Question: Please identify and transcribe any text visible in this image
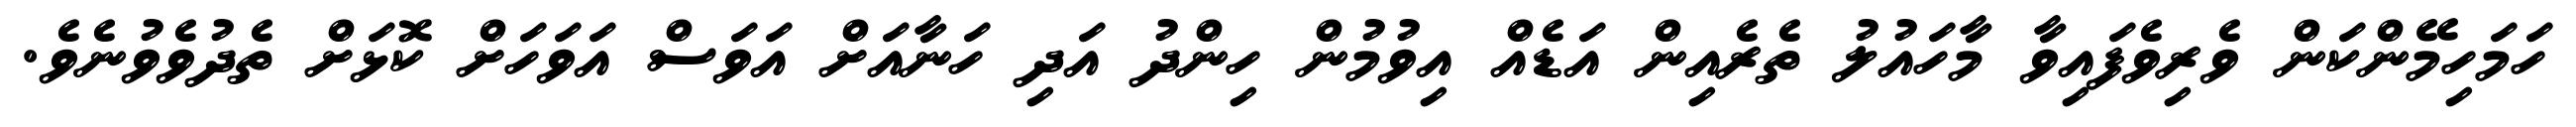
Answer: ހަމަހިމޭންކަން ވެރިވެފައިވާ މާހައުލު ތެރެއިން އަޑެއް އިވުމުން ހިންދު އަދި ހަނާއަށް އަވަސް އަވަހަށް ކޮޅަށް ތެދުވެވުނެވެ.